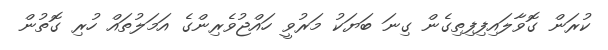
ކުރަން ގޮވާލައިފިފިތިގެން ގިނަ ބަޔަކު މަރުވީ ހައްޖުވެރިންގެ އަމަލުތައް ހުރި ގޮތުން